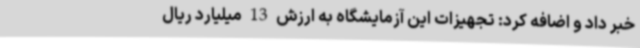
خبر داد و اضافه کرد: تجهیزات این آزمایشگاه به ارزش 13 میلیارد ریال